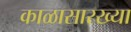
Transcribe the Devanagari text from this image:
काळासारख्या